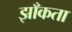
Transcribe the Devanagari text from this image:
झाँकता